65_HS1-834228961_62-HQ-83894_Section_7
Agency: FBI
Page 169
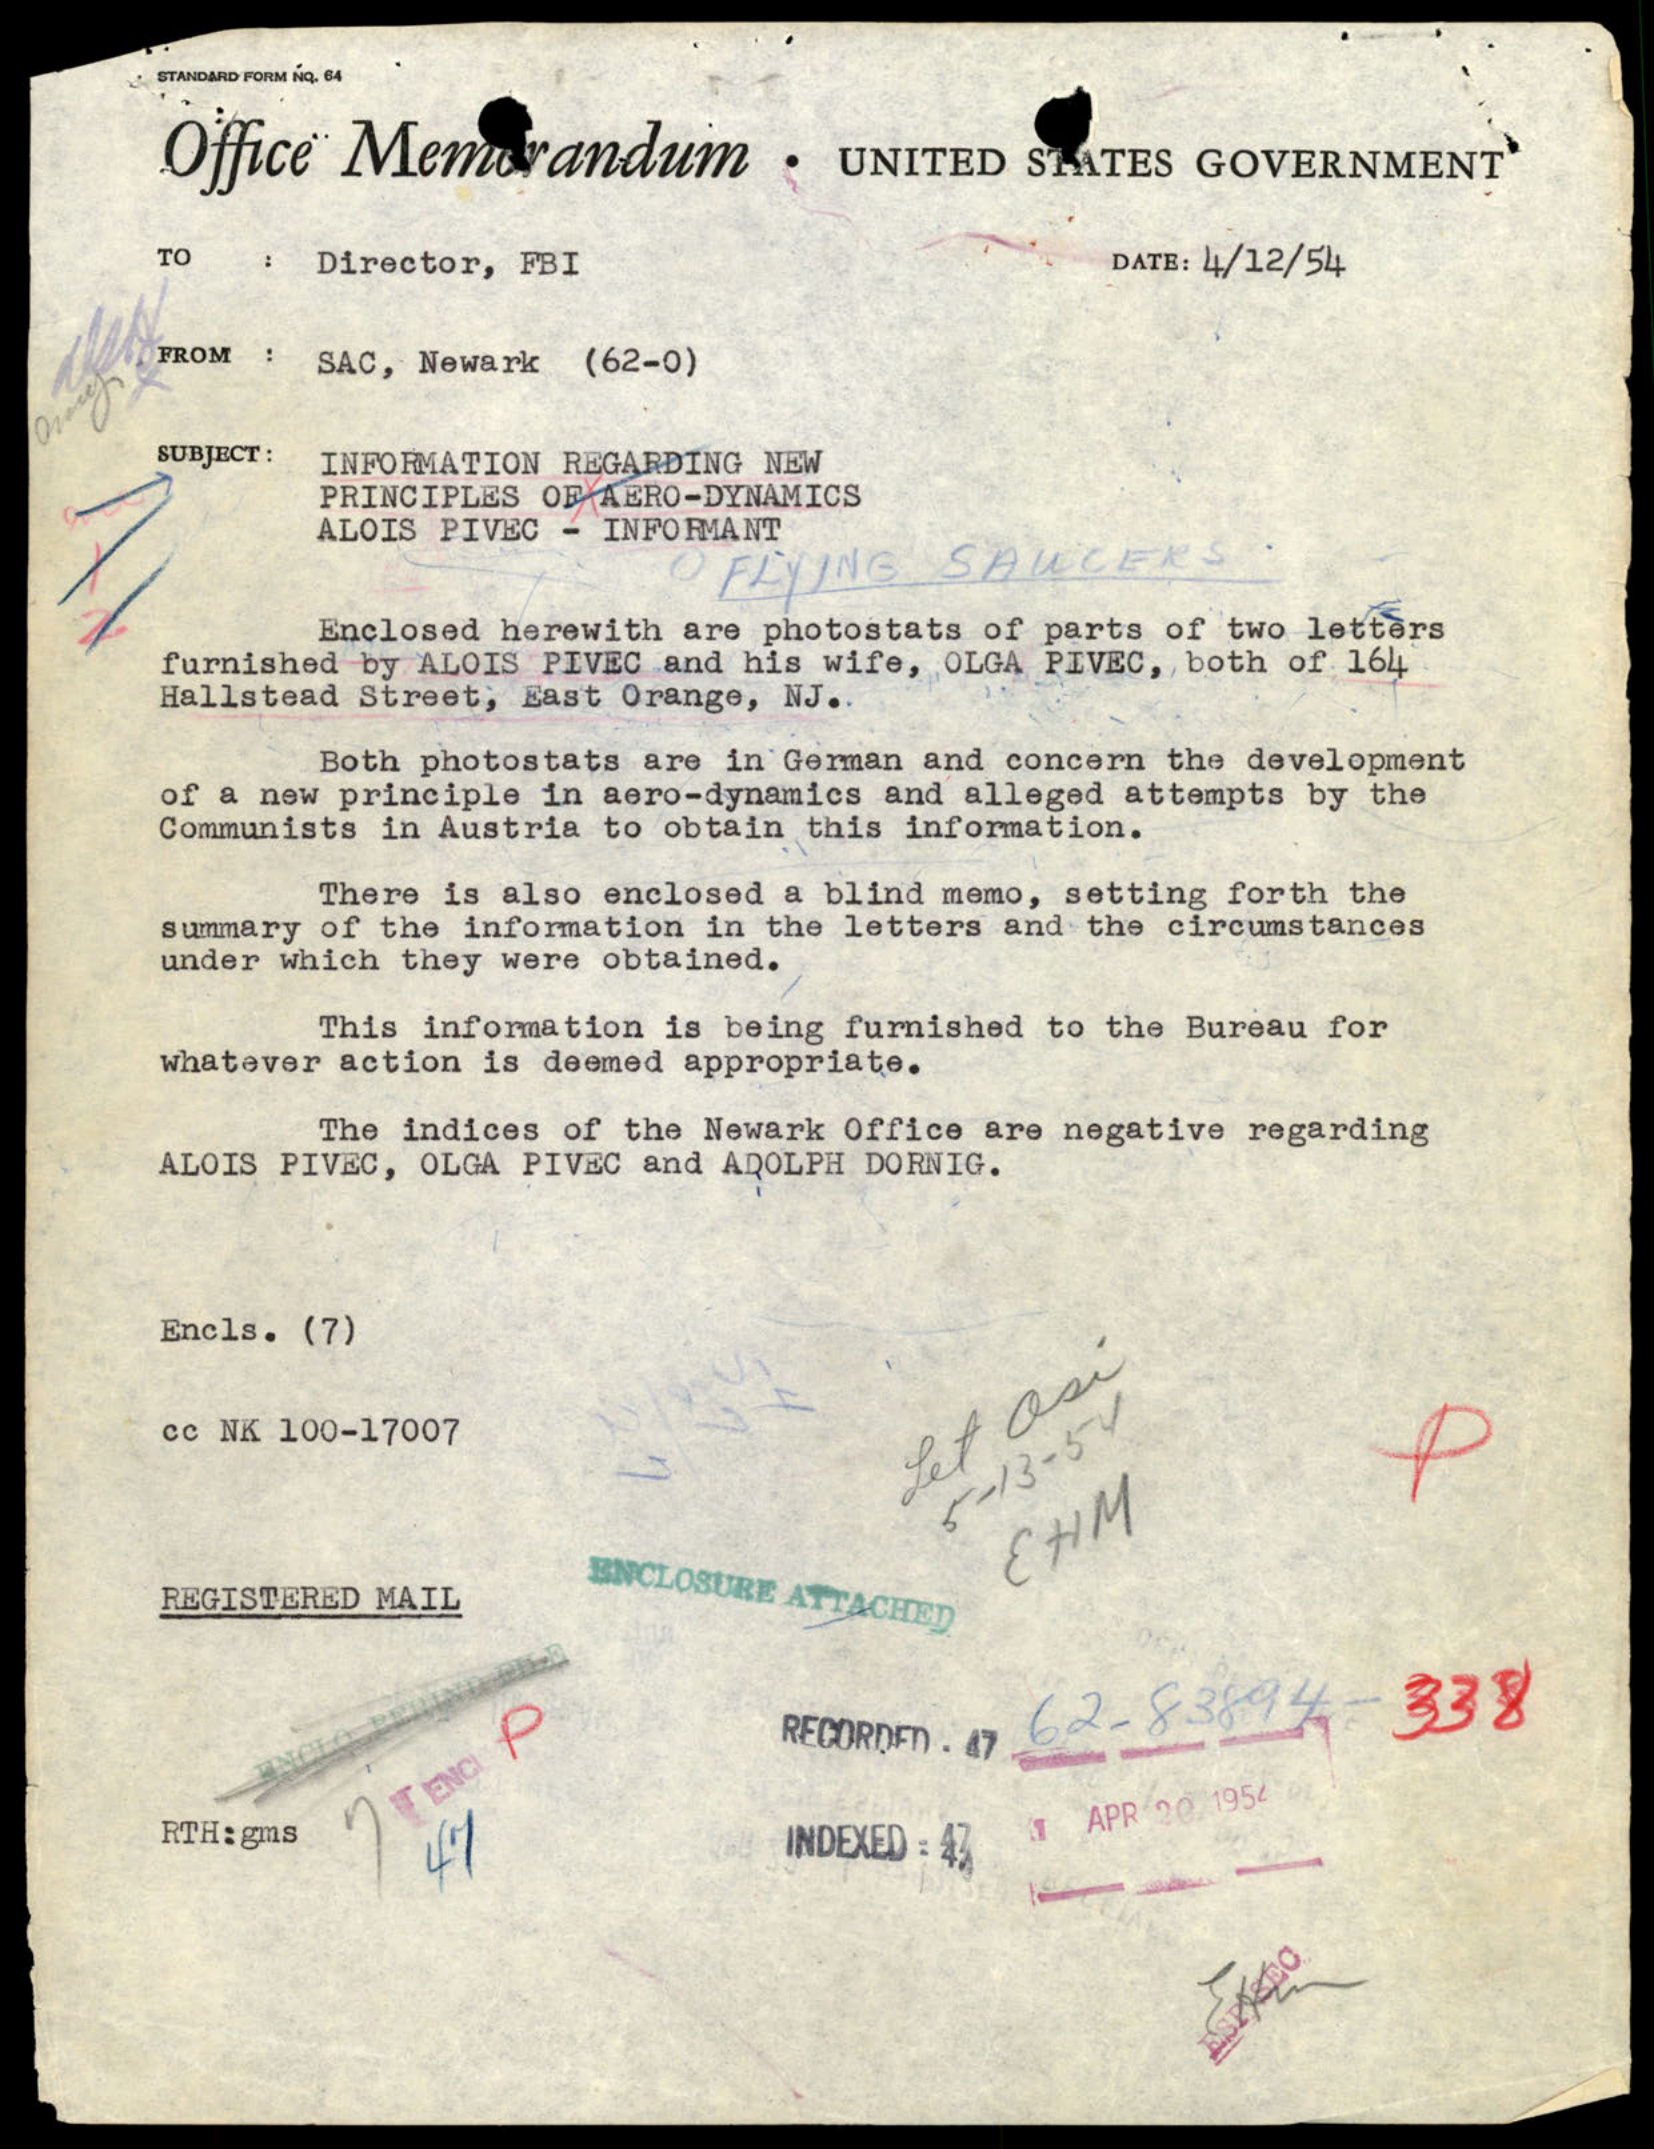